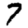
Digit: 7